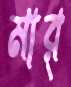
মার্